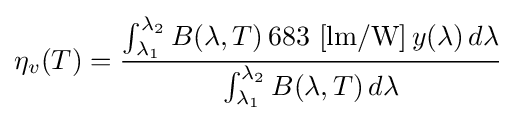
\eta _{v}(T)={\frac {\int _{\lambda _{1}}^{\lambda _{2}}B(\lambda ,T)\,683\mathrm {~[lm/W]} \,y(\lambda )\,d\lambda }{\int _{\lambda _{1}}^{\lambda _{2}}B(\lambda ,T)\,d\lambda }}